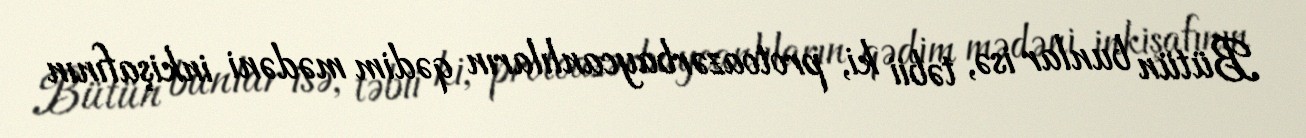
Bütün bunlar isə, təbii ki, protoazərbaycanlıların qədim mədəni inkişafının